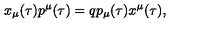
x _ { \mu } ( \tau ) p ^ { \mu } ( \tau ) = q p _ { \mu } ( \tau ) x ^ { \mu } ( \tau ) ,